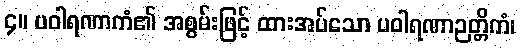
၄။ ပဝါရဏာကံ၏ အစွမ်းဖြင့် ထားအပ်သော ပဝါရဏာဉတ္တိကံ၊